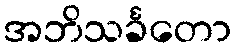
အဘိသင်္ခတော